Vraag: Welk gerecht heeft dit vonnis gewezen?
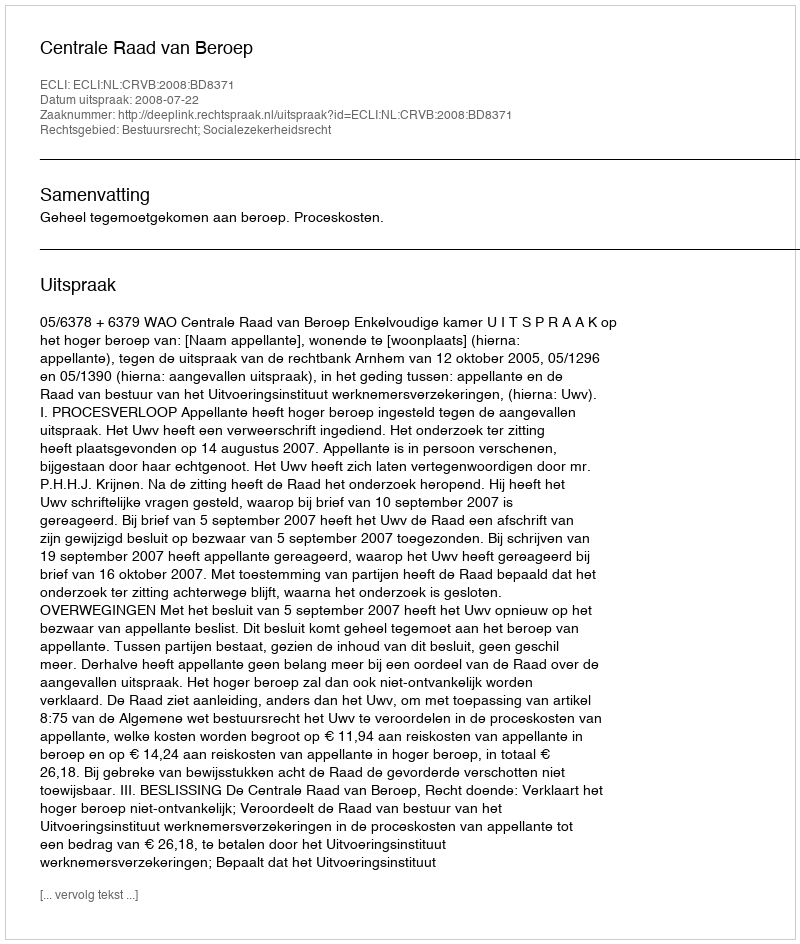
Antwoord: Centrale Raad van Beroep